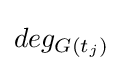
deg_{G(t_{j})}